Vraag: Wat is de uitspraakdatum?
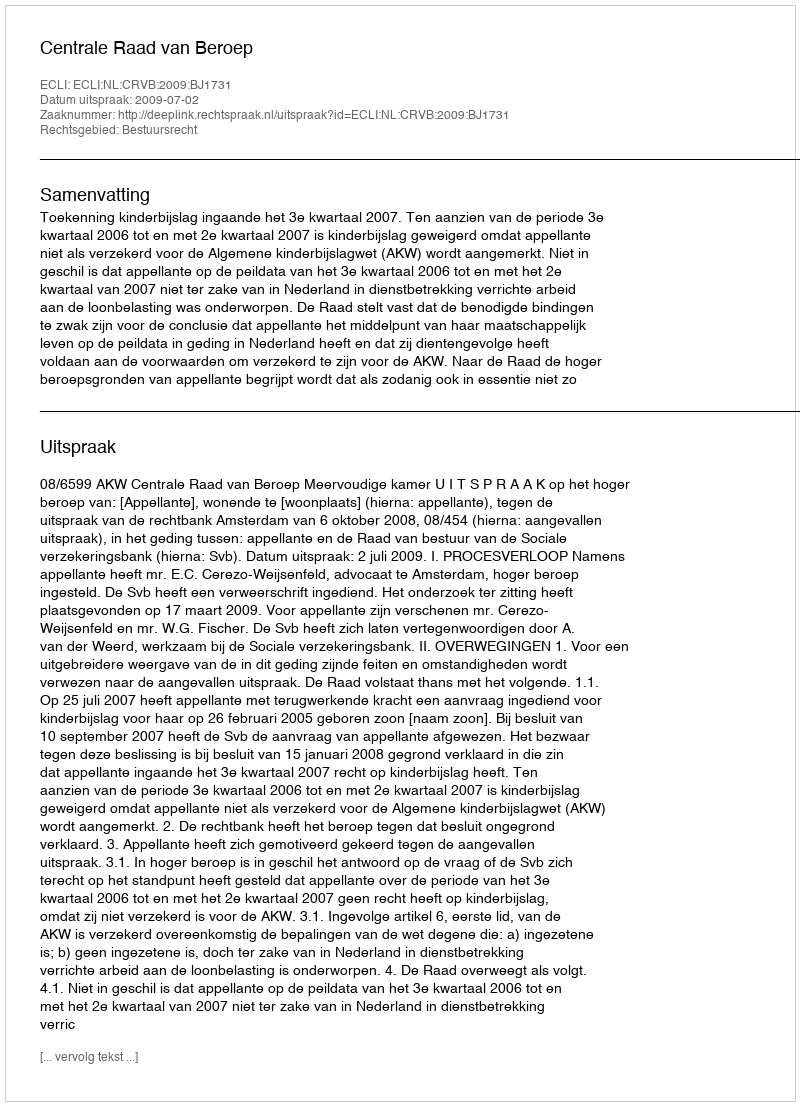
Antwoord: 2009-07-02